Relation of titanus [i.e. tetanus] to the hypodermic or intramuscular injection of quinine - Number 43
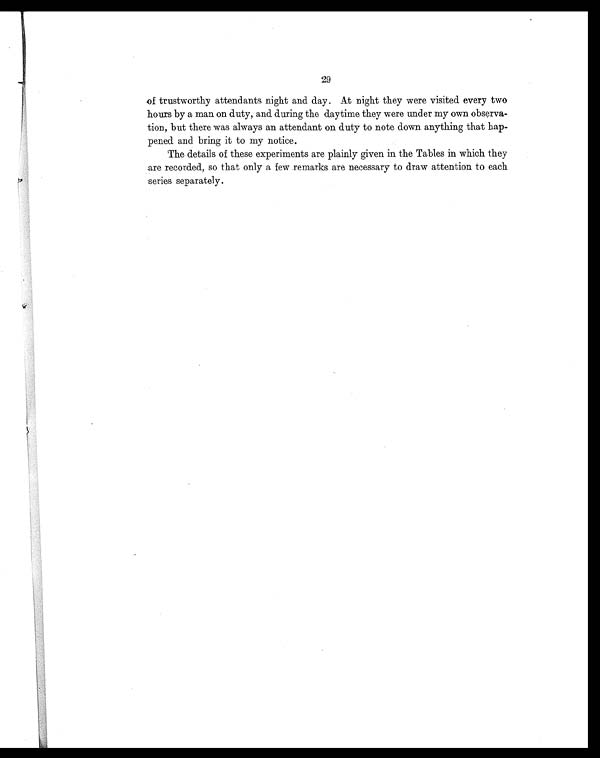
29
of trustworthy attendants night and day. At night they were visited every two
hours by a man on duty, and during the daytime they were under my own observa-
tion, but there was always an attendant on duty to note down anything that hap-
pened and bring it to my notice.
The details of these experiments are plainly given in the Tables in which they
are recorded, so that only a few remarks are necessary to draw attention to each
series separately.